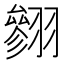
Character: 𱻣